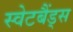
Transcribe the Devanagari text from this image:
स्वेटबैंड्स